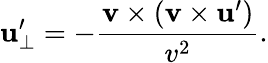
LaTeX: \mathbf{u}_{\perp}^{\prime}=-{\frac{\mathbf{v}\times(\mathbf{v}\times\mathbf{u}^{\prime})}{v^{2}}}.